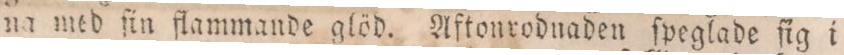
na méd ſin flammande glöd. Aftonrodnaden ſpeglade ſig i